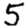
Digit: 5